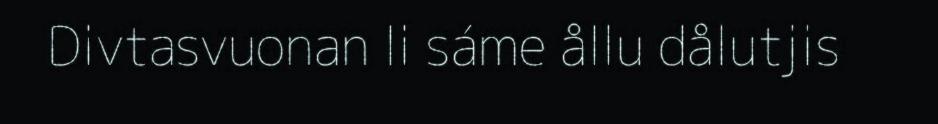
Divtasvuonan li sáme ållu dålutjis